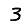
Digit: 3